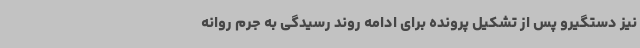
نیز دستگیرو پس از تشکیل پرونده برای ادامه روند رسیدگی به جرم روانه